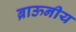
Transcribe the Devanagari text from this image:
ब्राऊनीय